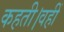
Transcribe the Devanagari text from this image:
कहती।वहीं